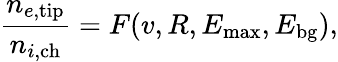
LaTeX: \frac{n_{e,\mathrm{tip}}}{n_{i,\mathrm{ch}}}=F(v,R,E_{\mathrm{max}},E_{\mathrm{bg}}),